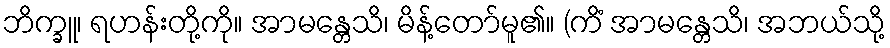
ဘိက္ခူ၊ ရဟန်းတို့ကို။ အာမန္တေသိ၊ မိန့်တော်မူ၏။ (ကိံ အာမန္တေသိ၊ အဘယ်သို့